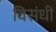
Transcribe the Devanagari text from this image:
विसंधी